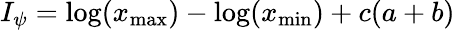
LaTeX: I_{\psi}=\log(x_{\mathrm{max}})-\log(x_{\mathrm{min}})+c(a+b)